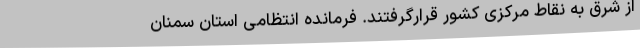
از شرق به نقاط مرکزی کشور قرارگرفتند. فرمانده انتظامی استان سمنان